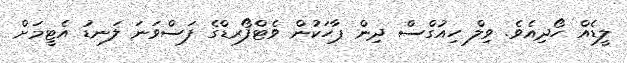
ލީޑެއް ހޯދިއެވެ. ވިލް ހިއުގްސް ދިން ޕާހަކުން ވެޓްފޯރޑްގެ ފަސްވަނަ ލަނޑު އެޓީމަށް